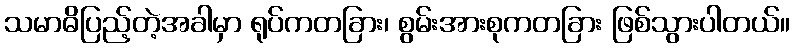
သမာဓိပြည့်တဲ့အခါမှာ ရုပ်ကတခြား၊ စွမ်းအားစုကတခြား ဖြစ်သွားပါတယ်။